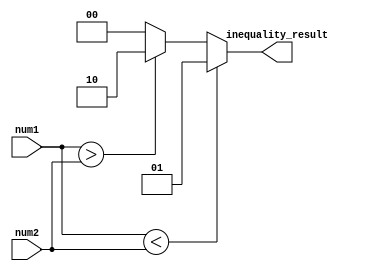
module inequality_comparator(
    input [7:0] num1,
    input [7:0] num2,
    output reg [1:0] inequality_result
);

always @(*) begin
    if (num1 < num2) begin
        inequality_result = 2'b01;
    end else if (num1 > num2) begin
        inequality_result = 2'b10;
    end else begin
        inequality_result = 2'b00;
    end
end

endmodule